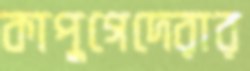
কাপুগেদেরার